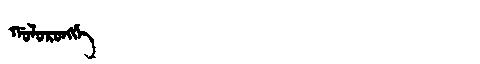
Manchu: ᡤᠣᠯᠣᡵᠣᠩᡤᡝ
Romanization: GOLORONGGE